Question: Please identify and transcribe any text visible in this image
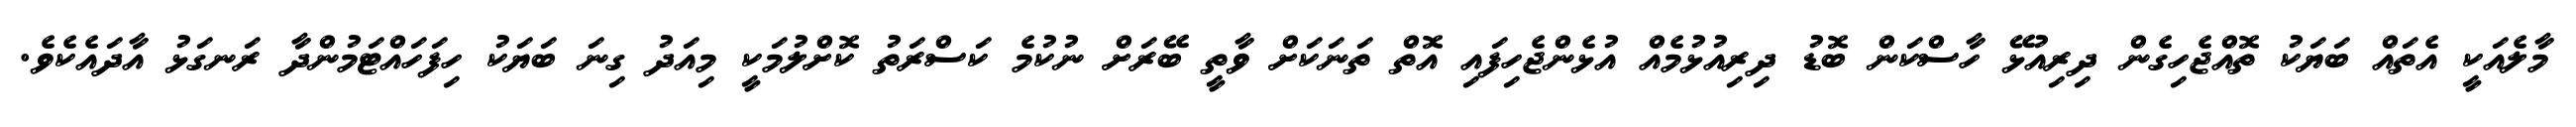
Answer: މާލެއަކީ އެތައް ބަޔަކު ތޮއްޖެހިގެން ދިރިއުޅޭ ހާސްކަން ބޮޑު ދިރިއުޅުމެއް އުޅެންޖެހިފައި އޮތް ތަނަކަށް ވާތީ ބޭރަށް ނުކުމެ ކަސްރަތު ކޮށްލުމަކީ މިއަދު ގިނަ ބަޔަކު ހިފަހައްޓަމުންދާ ރަނގަޅު އާދައެކެވެ.